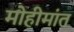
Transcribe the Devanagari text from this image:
मोहीमांत